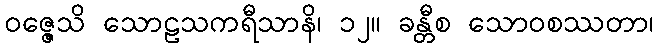
ဝဇ္ဇေသိ သောဠသကရီသာနိ၊ ၁၂။ ခန္တီစ သောဝစဿတာ၊